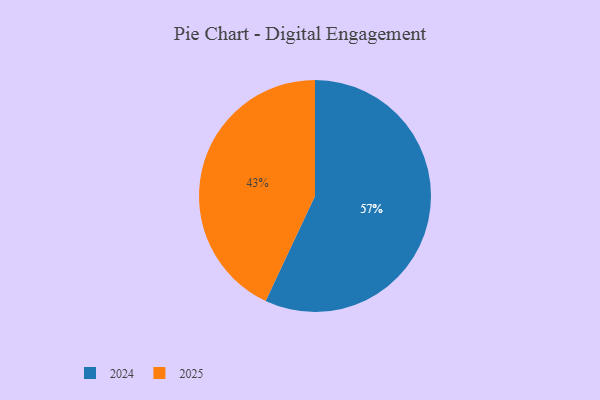
{"axis": {"x": "Category", "y": "Percentage"}, "legend": ["2024", "2025"], "data": [{"x": "2025", "y": 43, "type": "2025"}, {"x": "2024", "y": 57, "type": "2024"}]}